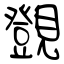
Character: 覴